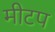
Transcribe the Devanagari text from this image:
मीटप